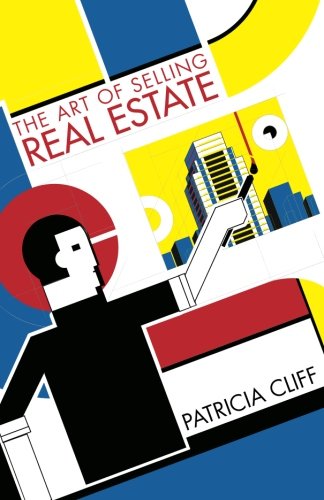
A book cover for The Art of Selling Real Estate; Patricia Cliff; Business & Money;